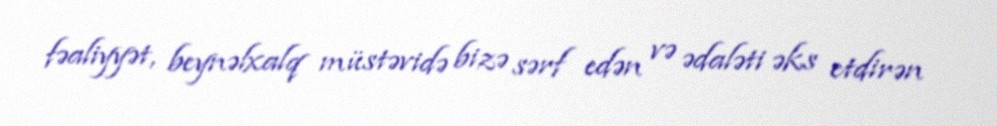
fəaliyyət, beynəlxalq müstəvidə bizə sərf edən və ədaləti əks etdirən